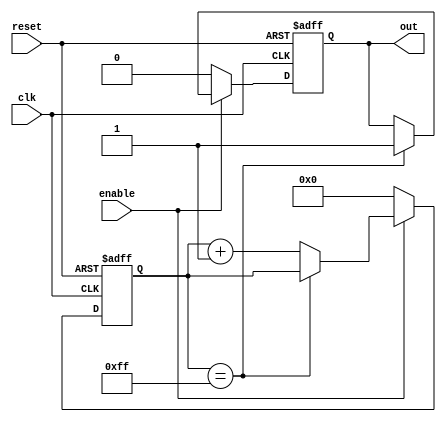
module RC_Delay (
  input wire clk, // Clock signal
  input wire reset, // Reset signal
  input wire enable, // Enable signal for delay
  output reg out // Output delayed signal
);

  reg [7:0] count; // Counter for delay

  always @ (posedge clk or posedge reset) begin
    if (reset) begin
      count <= 8'b0;
      out <= 1'b0;
    end else if (enable) begin
      if (count == 8'b11111111) begin
        out <= 1'b1;
      end else begin
        count <= count + 1;
      end
    end else begin
      out <= 1'b0;
      count <= 8'b0;
    end
  end

endmodule